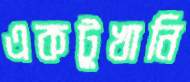
একটুখানি